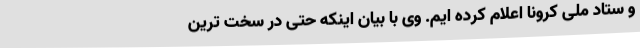
و ستاد ملی کرونا اعلام کرده ایم. وی با بیان اینکه حتی در سخت ترین